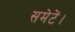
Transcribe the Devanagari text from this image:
समेटें।